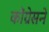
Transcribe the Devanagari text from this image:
कोंग्रेसने